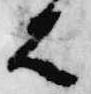
者